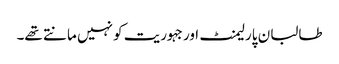
طالبان پارلیمنٹ اور جہوریت کو نہیں مانتے تھے۔